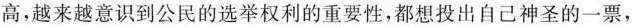
高，越来越意识到公民的选举权利的重要性，都想投出自己神圣的一票，